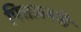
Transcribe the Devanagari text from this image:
पित्ताश्मरी